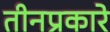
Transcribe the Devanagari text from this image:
तीनप्रकारे